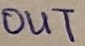
Text: OUT